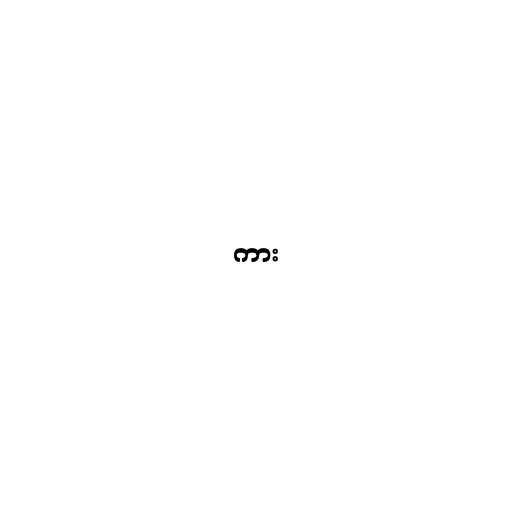
ကား